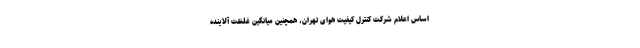
اساس اعلام شرکت کنترل کیفیت هوای تهران، همچنین میانگین غلظت آلاینده